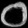
Digit: ၀